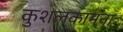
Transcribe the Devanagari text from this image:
कुशलकामना